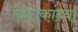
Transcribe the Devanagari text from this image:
कित्तेकांच्या